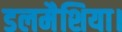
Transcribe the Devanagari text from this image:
डलमैशिया।